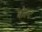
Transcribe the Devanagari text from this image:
बोल्‍ट